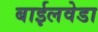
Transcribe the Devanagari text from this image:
बाईलवेडा